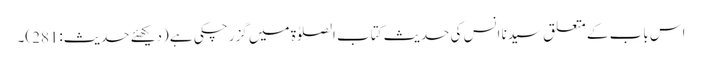
اس باب کے متعلق سیدنا انس کی حدیث کتاب الصلوٰۃ میں گزر چکی ہے (دیکھئے حدیث:281)۔